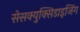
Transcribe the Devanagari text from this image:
सेसक्युक्सिडाइजिंग